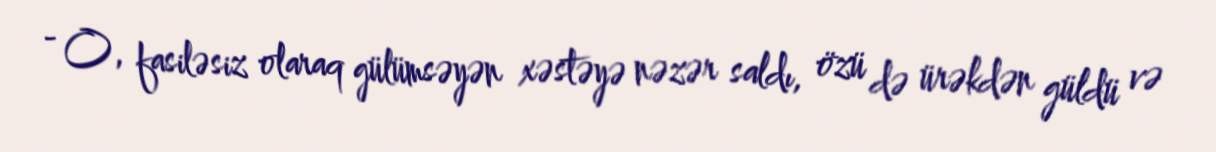
- O, fasiləsiz olaraq gülümsəyən xəstəyə nəzər saldı, özü də ürəkdən güldü və